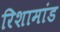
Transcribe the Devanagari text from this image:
रिशामांड